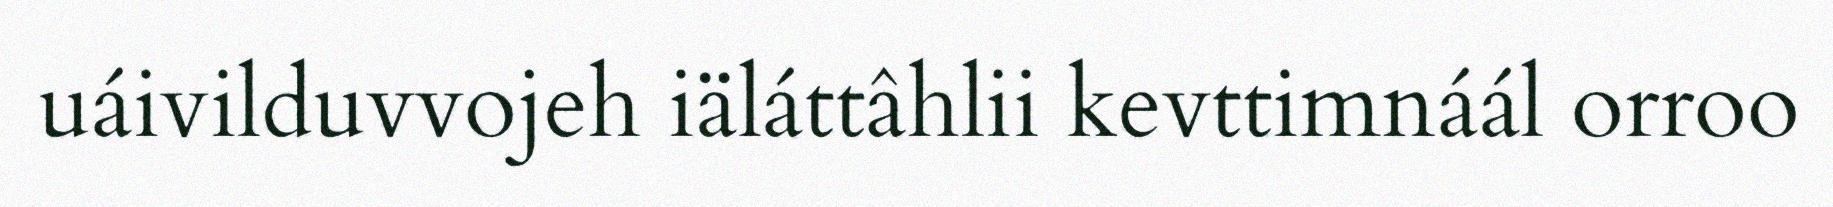
uáivilduvvojeh iäláttâhlii kevttimnáál orroo